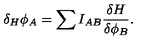
\delta _ { H } \phi _ { A } = \sum I _ { A B } { \frac { \delta H } { \delta \phi _ { B } } } .